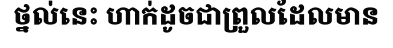
ថ្នល់នេះ ហាក់ដូចជាព្រួលដែលមាន